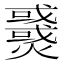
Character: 𤒓